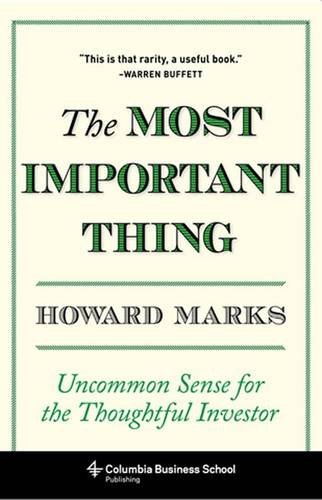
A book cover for The Most Important Thing: Uncommon Sense for the Thoughtful Investor (Columbia Business School Publishing); Howard Marks; Business & Money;